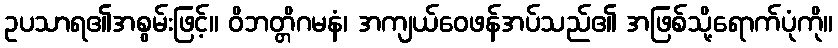
ဥပသာရ၏အစွမ်းဖြင့်။ ဝိဘတ္တိဂမနံ၊ အကျယ်ဝေဖန်အပ်သည်၏ အဖြစ်သို့ရောက်ပုံကို။